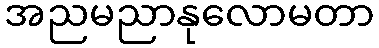
အညမညာနုလောမတာ